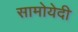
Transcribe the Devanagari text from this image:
सामोयेदी